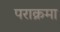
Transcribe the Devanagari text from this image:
पराक्रमा